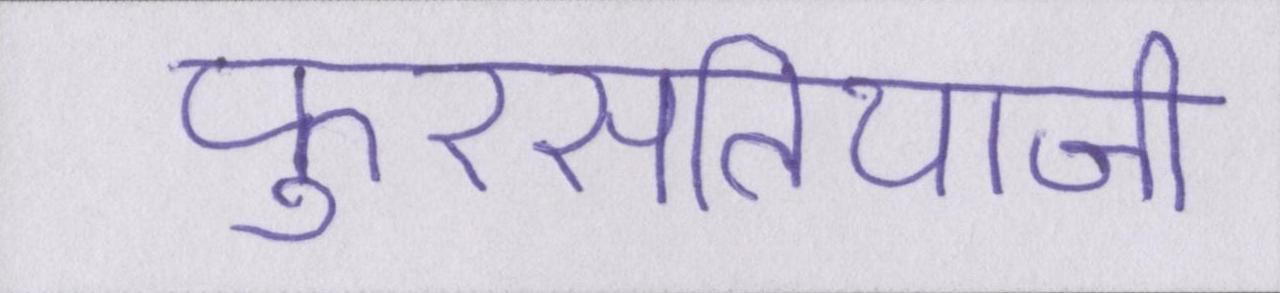
फुरसतियाजी